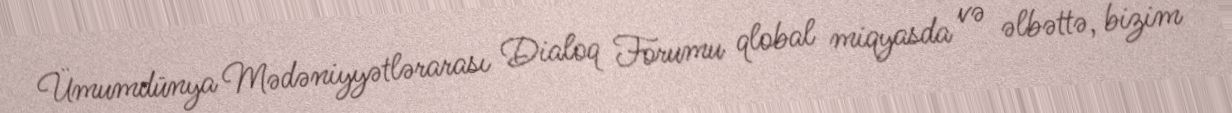
Ümumdünya Mədəniyyətlərarası Dialoq Forumu qlobal miqyasda və əlbəttə, bizim